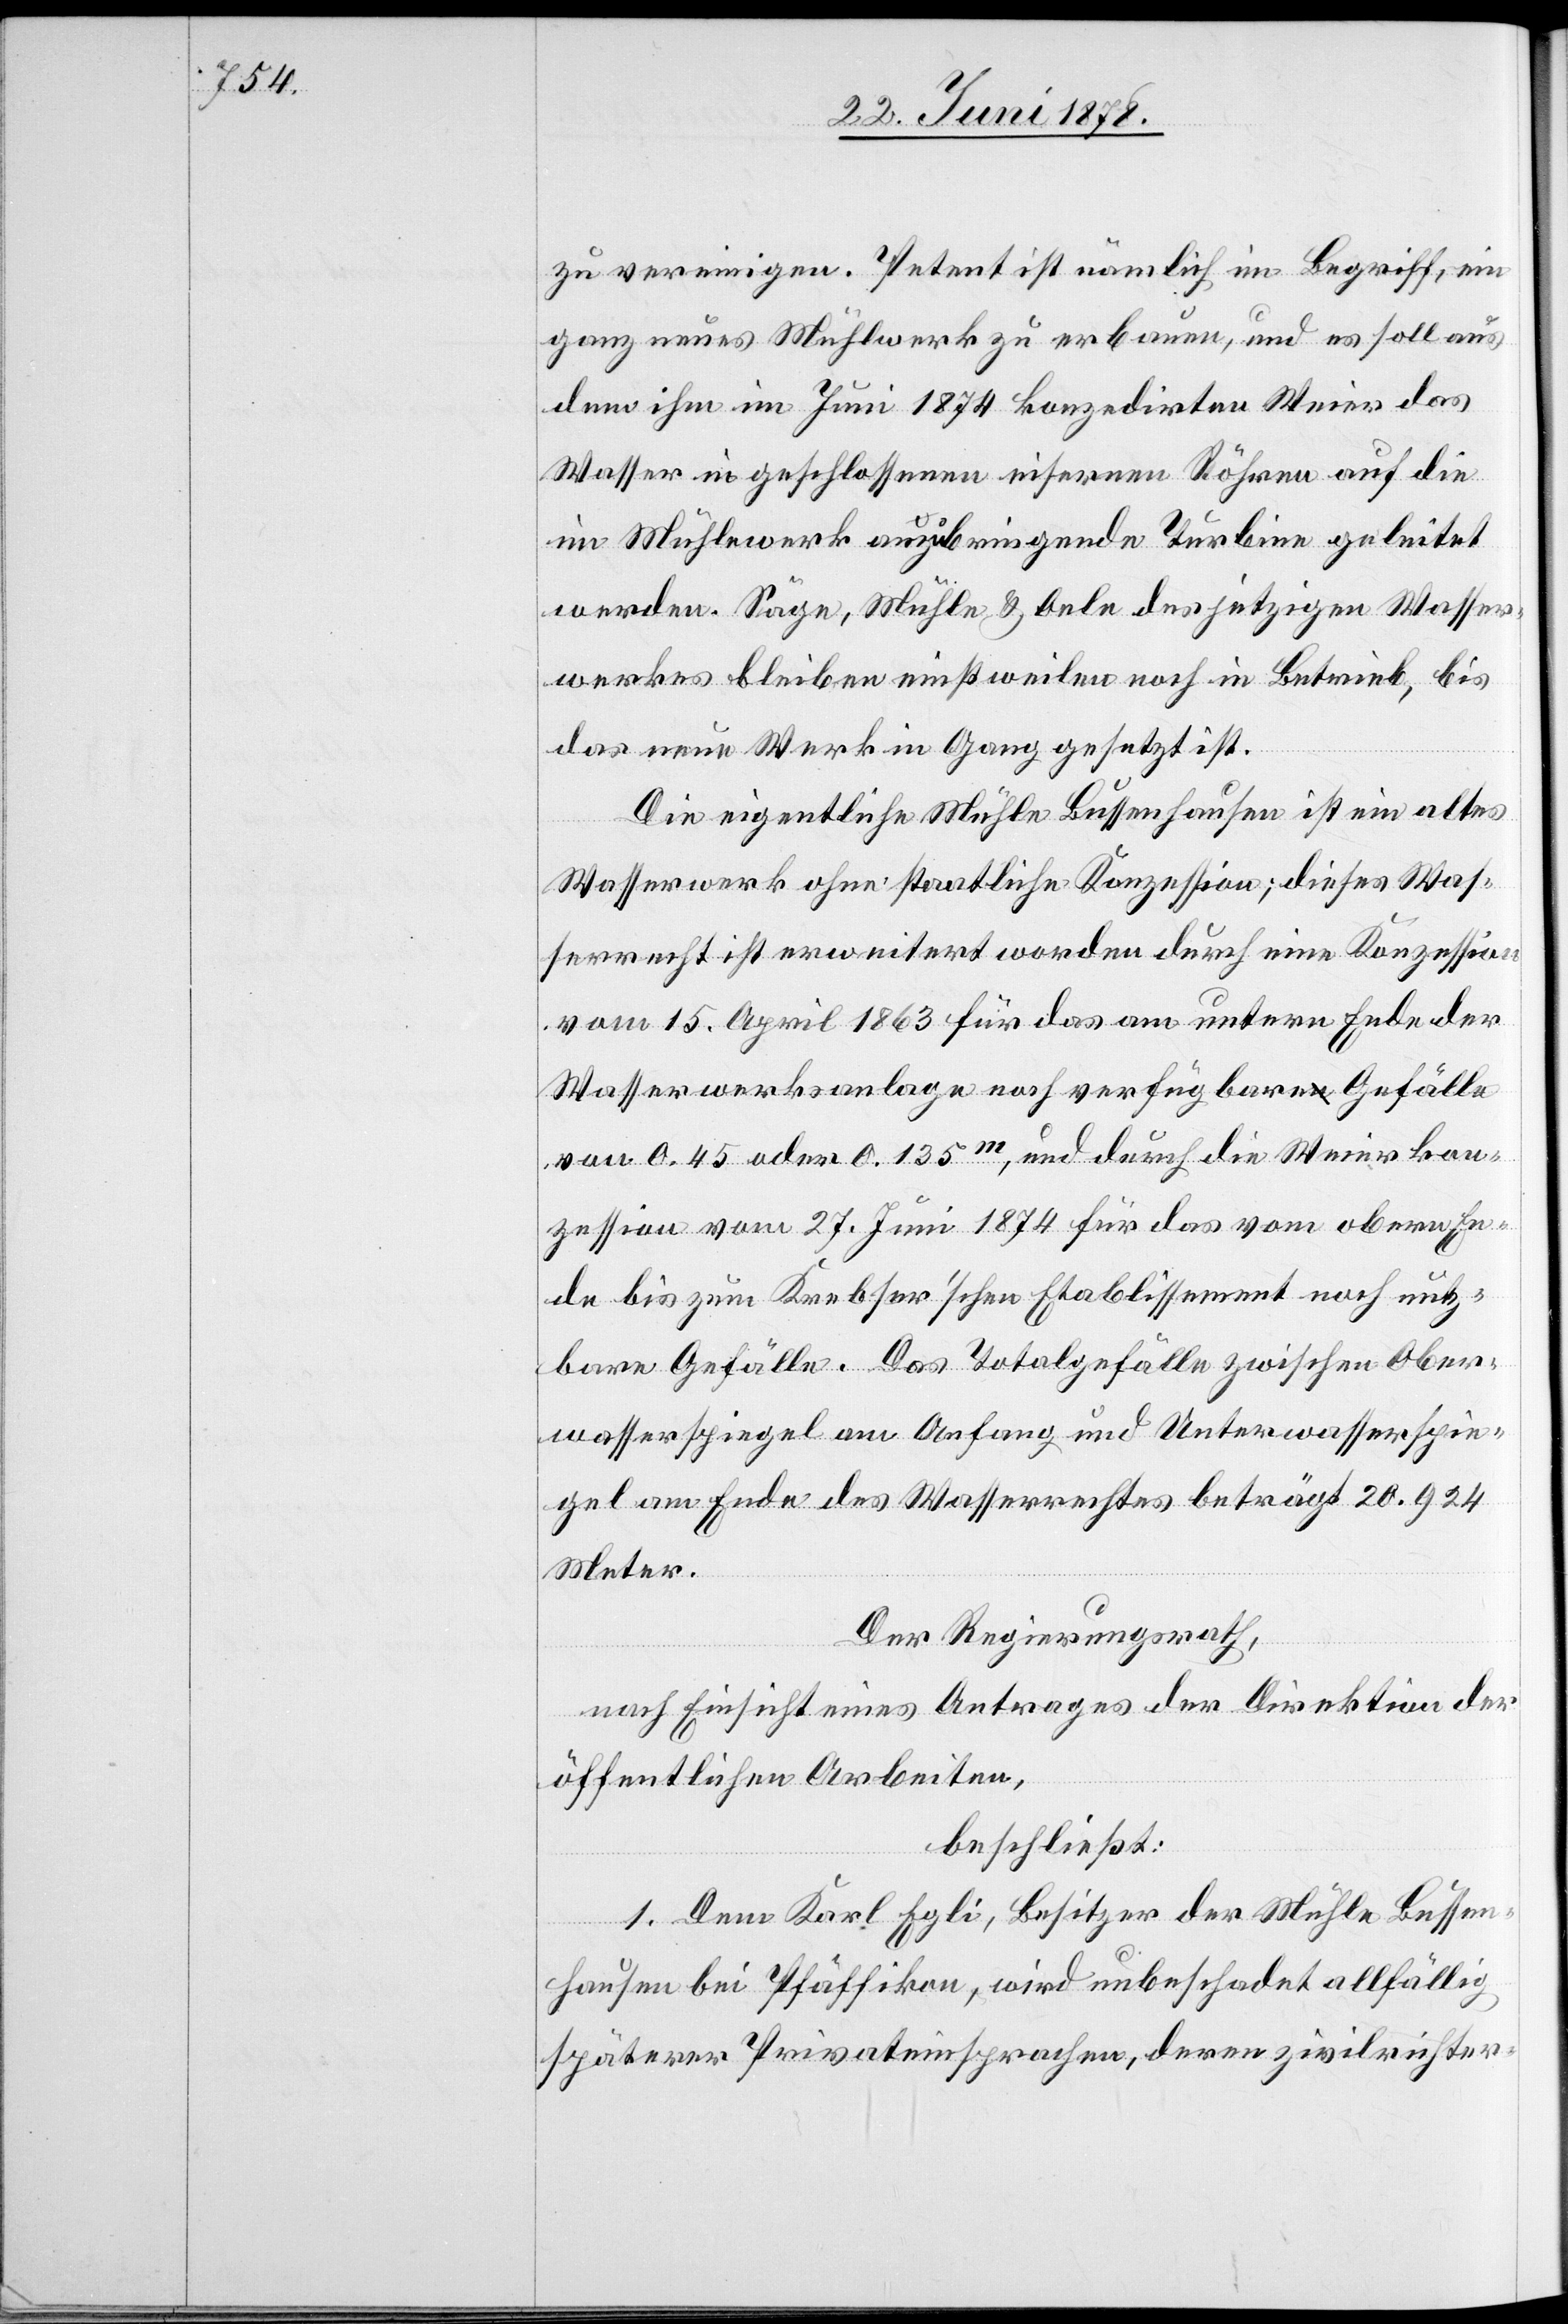
zu vereinigen. Petent ist nämlich im Begriff, ein
ganz neues Mühlwerk zu erbauen, und es soll aus
dem ihm im Juni 1874 konzedirten Weier das
Wasser in geschlossenen eisernen Röhren auf die
im Mühlewerk anzubringende Turbine geleitet
werden. Säge, Mühle & Oele des jetzigen Wasser¬
werkes bleiben einstweilen noch in Betrieb, bis
das neue Werk in Gang gesetzt ist.
Die eigentliche Mühle Bussenhausen ist ein altes
Wasserwerk ohne staatliche Konzession; dieses Was¬
serrecht ist erweitert worden durch eine Konzession
vom 15. April 1863 für das am untern Ende der
Wasserwerksanlage noch verfügbare Gefälle
von 0.45 oder 0.135m, und durch die Weierkon¬
zession vom 27. Juni 1874 für das vom obern En¬
de bis zum Krebser’schen Etablissement noch nutz¬
bare Gefälle. Das Totalgefälle zwischen Ober¬
wasserspiegel am Anfang und Unterwasserspie¬
gel am Ende des Wasserrechtes beträgt 20.924
Meter.
Der Regierungsrath,
nach Einsicht eines Antrages der Direktion der
öffentlichen Arbeiten,
beschließt:
1. Dem Karl Egli, Besitzer der Mühle Bussen¬
hausen bei Pfäffikon, wird unbeschadet allfällig
späterer Privateinsprachen, deren zivilrichter-